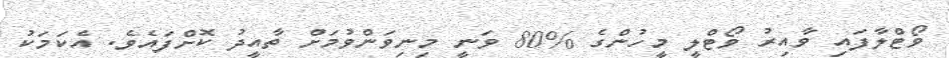
ވޯޓްލާފައި ވާއިރު ވޯޓްލީ މީހުންގެ %80 ވަނީ މިނިވަންވުމަށް ތާއީދު ކޮށްފައެވެ. އެކަމަކު